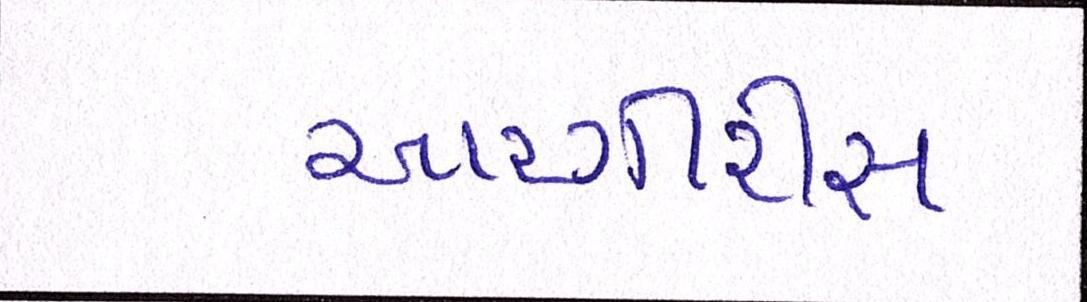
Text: આરગીરીસ